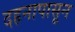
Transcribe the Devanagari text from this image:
दहनापासून